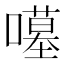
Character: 𱕈